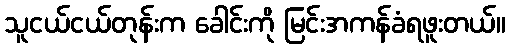
သူငယ်ငယ်တုန်းက ခေါင်းကို မြင်းအကန်ခံရဖူးတယ်။